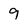
Character: 9